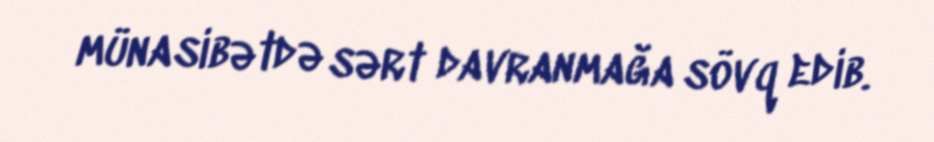
münasibətdə sərt davranmağa sövq edib.